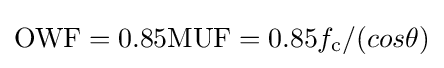
\mathrm {OWF} =0.85\mathrm {MUF} =0.85f_{\mathrm {c} }/(cos\theta )